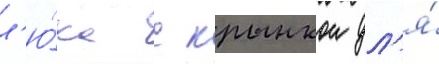
л'ю́ка с крышкои дл'я́